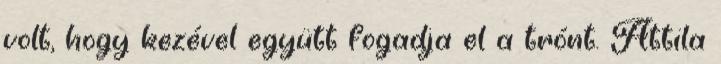
volt, hogy kezével együtt fogadja el a trónt. Attila